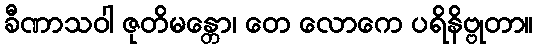
ခီဏာသဝါ ဇုတိမန္တော၊ တေ လောကေ ပရိနိဗ္ဗုတာ။